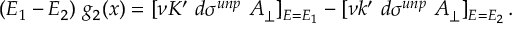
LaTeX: ( E _ { 1 } - E _ { 2 } ) ~ g _ { 2 } ( x ) = [ \nu K ^ { \prime } ~ d \sigma ^ { u n p } ~ A _ { \perp } ] _ { E = E _ { 1 } } - [ \nu k ^ { \prime } ~ d \sigma ^ { u n p } ~ A _ { \perp } ] _ { E = E _ { 2 } } \, .